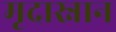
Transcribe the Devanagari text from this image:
मृदास्नान